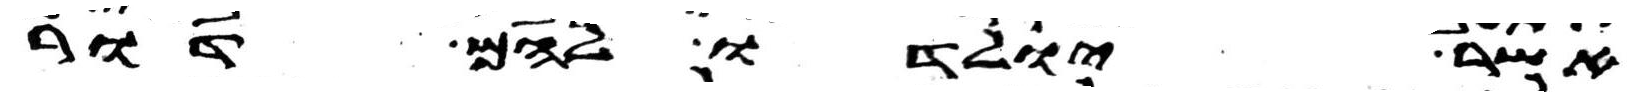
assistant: אשר יולדו להם דור